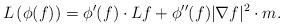
LaTeX: \begin{align*} L\left( \phi(f)\right) = \phi'(f)\cdot Lf + \phi''(f)|\nabla f|^2\cdot m.\end{align*}